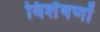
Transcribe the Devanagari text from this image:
विशेंषणों